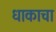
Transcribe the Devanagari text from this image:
धाकाचा